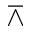
\barwedge